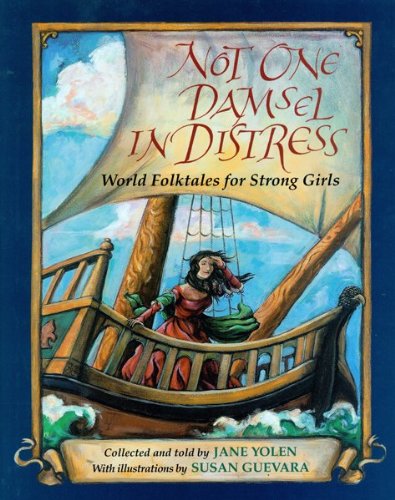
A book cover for Not One Damsel in Distress: World Folktales for Strong Girls; Jane Yolen; Children's Books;